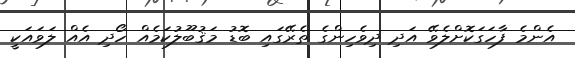
އެންމެ ފާހަގަކޮށްލެވޭ އަދި ދިވެހިންގެ ތެރޭގައި ބޮޑު މަޤުބޫލުކަމެއް ހޯދި އެއް ލަވައަކީ